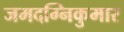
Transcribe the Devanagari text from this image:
जमदग्निकुमार